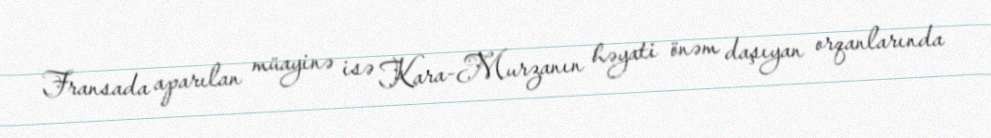
Fransada aparılan müayinə isə Kara-Murzanın həyati önəm daşıyan orqanlarında